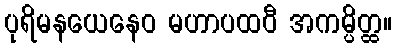
ပုရိမနယေနေဝ မဟာပထဝီ အကမ္ပိတ္ထ။